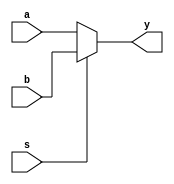
module multiplxer2to1(a,b,s,y);
input a,b,s;
output y;
assign y = s? b:a;
endmodule